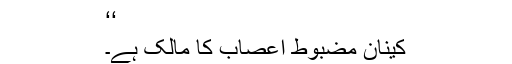
‘‘
کینان مضبوط اعصاب کا مالک ہے۔